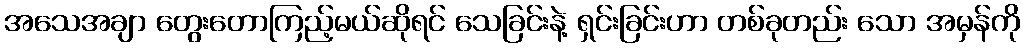
အသေအချာ တွေးတောကြည့်မယ်ဆိုရင် သေခြင်းနဲ့ ရှင်းခြင်းဟာ တစ်ခုတည်း သော အမှန်ကို